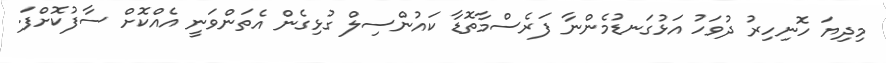
މިދިޔަ ހޮނިހިރު ދުވަހު އަޅުގަނޑުމެންނާ ފަރެސްމާތޮޑާ ކައުންސިލް ގުޅިގެން އެތަންވަނީ އެއްކޮށް ސާފުކޮށްފަ.